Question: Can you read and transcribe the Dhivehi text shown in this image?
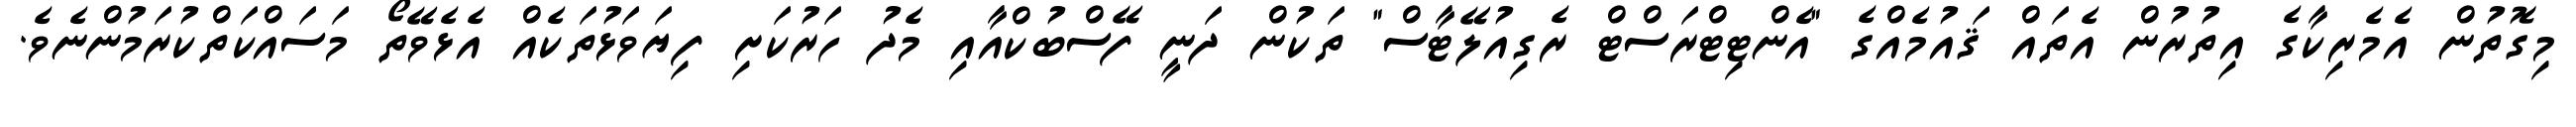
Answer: މިގޮތުން އެމެރިކާގެ އިތުރުން އެތައް ޤައުމެއްގެ "އެންޓިޓްރަސްޓް ރެގިއުލޭޓާސް" ތަކުން ދަނީ ފޭސްބުކްއާއި މެދު ހަރުކަށި ފިޔަވަޅުތަކެއް އެޅެވޭތޯ މަސައްކަތްކުރަމުންނެވެ.